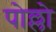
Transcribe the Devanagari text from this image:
पोल्लो